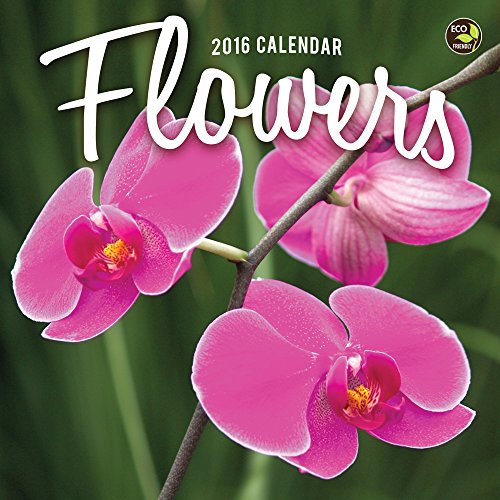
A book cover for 2016 Flowers Mini Calendar; TF Publishing; Calendars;